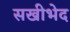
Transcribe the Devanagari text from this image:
सखीभेद